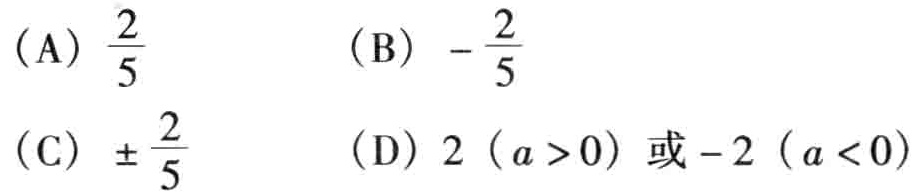
(A) \(\frac{2}{5}\)  (B) \(-\frac{2}{5}\)

(C) \(\pm\frac{2}{5}\)  (D) \(2\ (a > 0)\) 或 \(-2\ (a < 0)\)